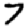
Digit: 7